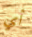
أي